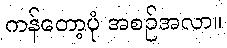
ကန်တော့ပုံ အစဉ်အလာ။